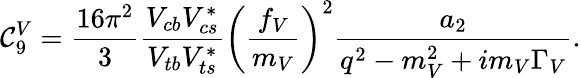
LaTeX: \mathcal{C}_{9}^{V}=\frac{{16\pi^{2}}}{{3}}\frac{{V_{cb}V_{cs}^{*}}}{{V_{tb}V_{ts}^{*}}}\left(\frac{{f_{V}}}{{m_{V}}}\right)^{2}\frac{{a_{2}}}{{q^{2}-m_{V}^{2}+im_{V}\Gamma_{V}}}.